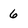
Character: 6